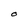
Character: O